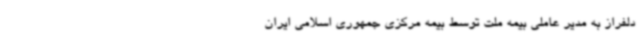
دلفراز به مدیر عاملی بیمه ملت توسط بیمه مرکزی جمهوری اسلامی ایران